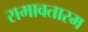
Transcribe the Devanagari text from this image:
रामावतारम